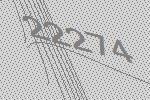
22274